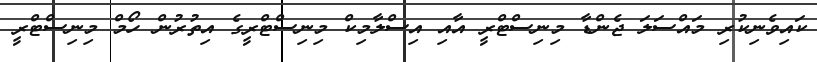
ކައިވެނިކުރި މައްސަލަ ޖެންޑާ މިނިސްޓްރީ އާއި އިސްލާމިކް މިނިސްޓްރީގެ އިތުރުން ހޯމް މިނިސްޓްރީ